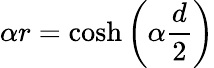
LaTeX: \alpha r=\cosh\left(\alpha\frac{d}{2}\right)